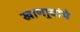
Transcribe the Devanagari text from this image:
खाणार्‍यांचे